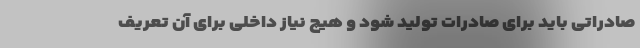
صادراتی باید برای صادرات تولید شود و هیچ نیاز داخلی برای آن تعریف